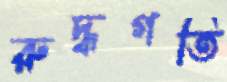
রুদ্ধগতি